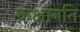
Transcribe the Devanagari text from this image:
कक्षानति